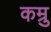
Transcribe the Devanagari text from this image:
कम्रु